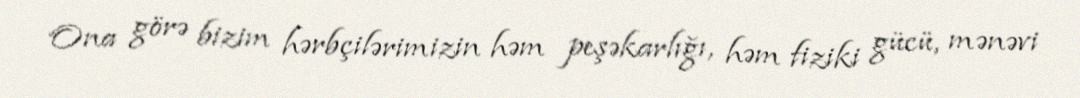
Ona görə bizim hərbçilərimizin həm peşəkarlığı, həm fiziki gücü, mənəvi